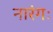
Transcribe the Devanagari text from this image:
नारंगः